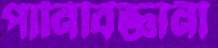
পানিবিজ্ঞানী